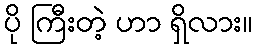
ပို ကြီးတဲ့ ဟာ ရှိလား။